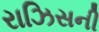
રાઝિસની